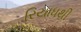
રિયાધથી